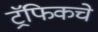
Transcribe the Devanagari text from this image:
ट्रॅफिकचे